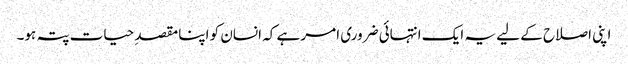
اپنی اصلاح کے لیے یہ ایک انتہائی ضروری امر ہے کہ انسان کو اپنا مقصدِ حیات پتہ ہو۔